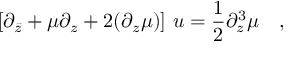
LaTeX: [ \partial _ { \bar { z } } + { \mu } \partial _ { z } + 2 ( \partial _ { z } { \mu } ) ] ~ u = { \frac { 1 } { 2 } } \partial _ { z } ^ { 3 } { \mu } \quad ,